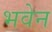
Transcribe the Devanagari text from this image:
भवेन